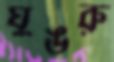
ঘুঙরু